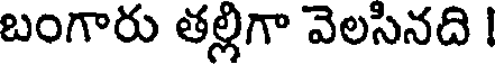
బంగారు తల్లిగా వెలసినది